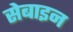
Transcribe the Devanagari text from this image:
सेबाइन